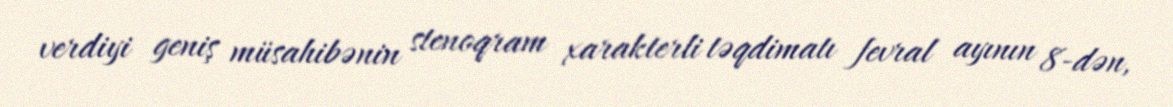
verdiyi geniş müsahibənin stenoqram xarakterli təqdimatı fevral ayının 8-dən,